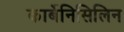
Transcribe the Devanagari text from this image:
कार्बेनिसिलिन